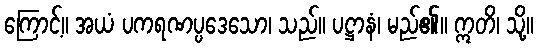
ကြောင့်။ အယံ ပကရဏပ္ပဒေသော၊ သည်။ ပဋ္ဌာနံ၊ မည်၏။ ဣတိ၊ သို့။